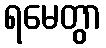
ရမေတွာ